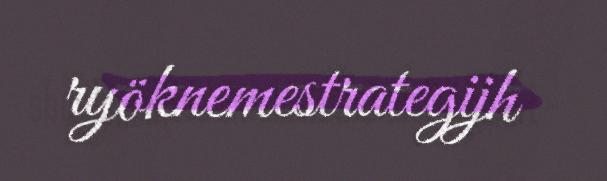
ryöknemestrategijh